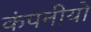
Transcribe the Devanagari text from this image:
कंपनीयो